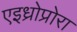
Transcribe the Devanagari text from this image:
एइध्रोप्रोरा